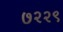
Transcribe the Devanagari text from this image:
७२२९